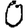
Digit: 0